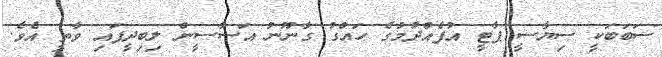
ސަބަބަކީ ސިޔާސީ ޕާޓީ އުފެއްދުމުގެ ހައްގު ގާނޫނު އަސާސީން ލިބިދީފައި ވާތީ އެވެ.